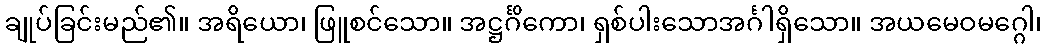
ချုပ်ခြင်းမည်၏။ အရိယော၊ ဖြူစင်သော။ အဋ္ဌင်္ဂိကော၊ ရှစ်ပါးသောအင်္ဂါရှိသော။ အယမေဝမဂ္ဂေါ၊